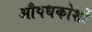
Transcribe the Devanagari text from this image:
औषधकोशों